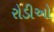
રોડીઓ